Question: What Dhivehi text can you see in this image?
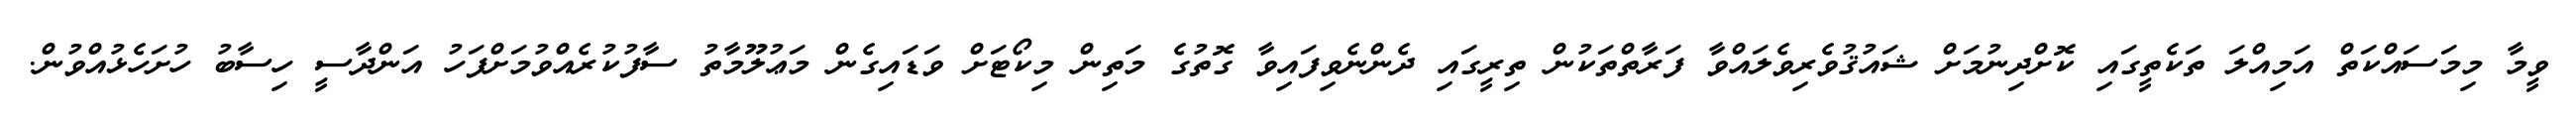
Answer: ވީމާ މިމަސައްކަތް އަމިއްލަ ތަކެތީގައި ކޮށްދިނުމަށް ޝައުޤުވެރިވެލައްވާ ފަރާތްތަކުން ތިރީގައި ދެންނެވިފައިވާ ގޮތުގެ މަތިން މިކޯޓަށް ވަޑައިގެން މަޢުލޫމާތު ސާފުކުރެއްވުމަށްފަހު އަންދާސީ ހިސާބު ހުށަހެޅުއްވުން.